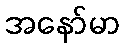
အနော်မာ